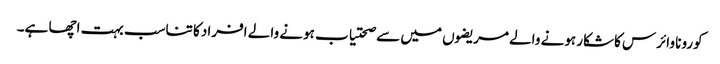
کورونا وائرس کاشکار ہونے والے مریضوں میں سے صحتیاب ہونے والے افراد کا تناسب بہت اچھا ہے۔